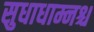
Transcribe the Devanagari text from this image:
सुधाधाम्नश्च